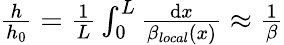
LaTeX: \begin{array}{r}{\frac{h}{h_{0}}=\frac{1}{L}\int_{0}^{L}\frac{\mathrm{d}x}{\beta_{local}(x)}\approx\frac{1}{\beta}}\end{array}